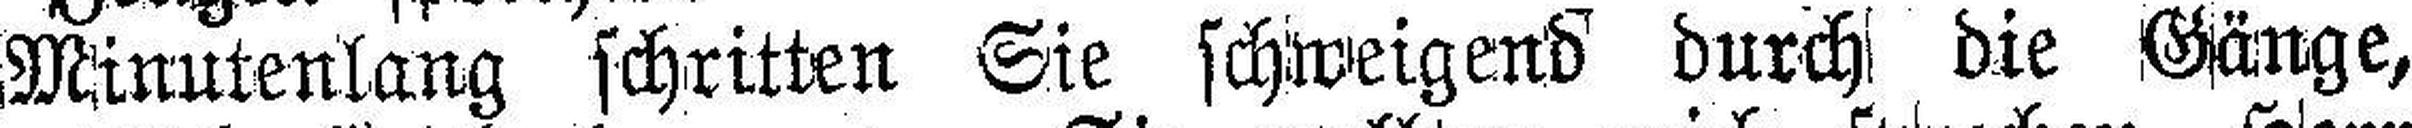
Minutenlang schritten Sie schweigend durch die Gänge,